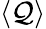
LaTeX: \langle{\mathcal{Q}}\rangle